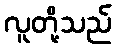
လူတို့သည်